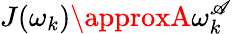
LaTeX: J(\omega_{k})\approxA\omega_{k}^{\mathscr{A}}